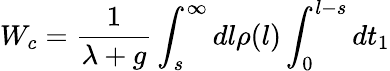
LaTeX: W_{c}=\frac{1}{\lambda+g}\int_{s}^{\infty}dl\rho(l)\int_{0}^{l-s}dt_{1}